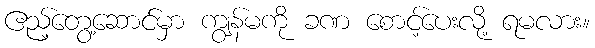
ဧည့်တွေ့ဆောင်မှာ ကျွန်မကို ခဏ စောင့်ပေးလို့ ရမလား။